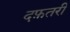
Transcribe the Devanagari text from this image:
दफ़तरी